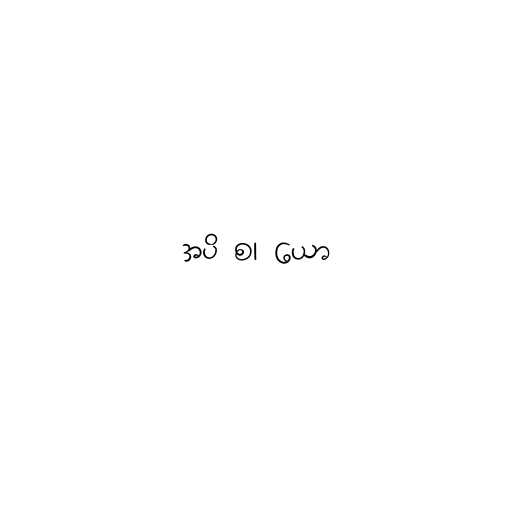
အပိ စ၊ ယော